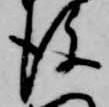
後